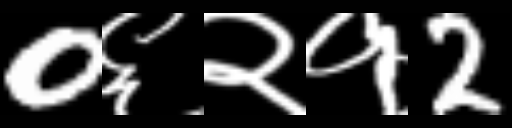
Text: 0६२१2